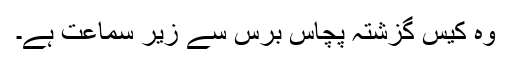
وہ کیس گزشتہ پچاس برس سے زیر سماعت ہے۔